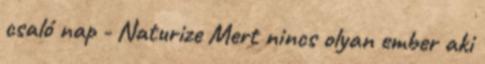
csaló nap - Naturize Mert nincs olyan ember aki